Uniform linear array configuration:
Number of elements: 8
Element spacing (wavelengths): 0.5
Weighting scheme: blackman
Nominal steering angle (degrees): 45
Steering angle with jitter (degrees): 44.985
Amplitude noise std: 0.05
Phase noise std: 0.05

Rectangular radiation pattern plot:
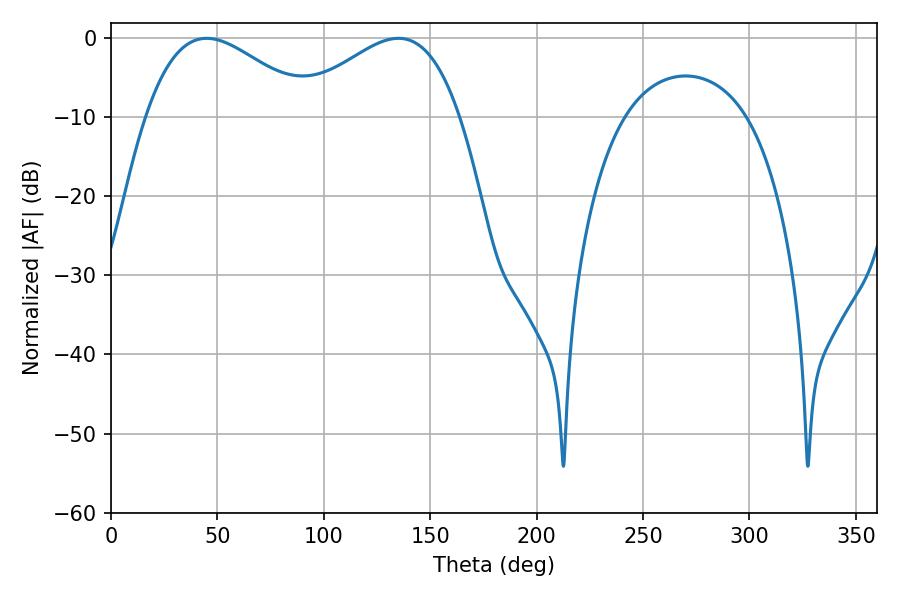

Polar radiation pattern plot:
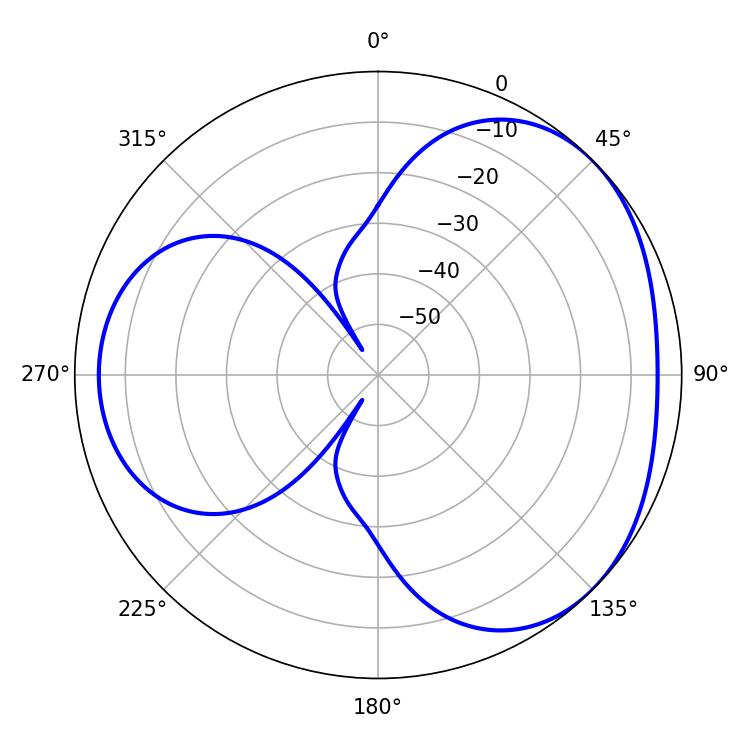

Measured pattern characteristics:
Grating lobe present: FALSE
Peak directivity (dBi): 3.389
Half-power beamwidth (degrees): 42.12
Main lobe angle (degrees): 45